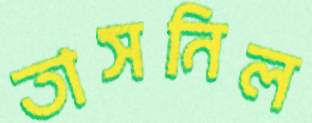
তাসনিল